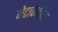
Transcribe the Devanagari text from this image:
मेटावेनेडेट